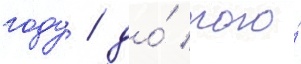
году / до́ того́